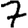
Digit: 7